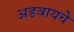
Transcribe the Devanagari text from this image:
अडवायचे